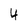
Character: 4